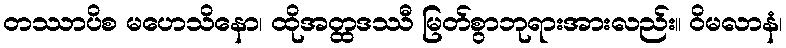
တဿာပိစ မဟေသိနော၊ ထိုအတ္ထဒဿီ မြတ်စွာဘုရားအားလည်း။ ဝိမလာနံ၊